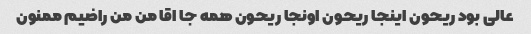
عالی بود ریحون اینجا ریحون اونجا ریحون همه جا اقا من من راضیم ممنون